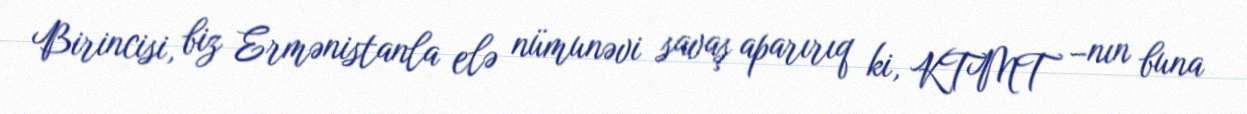
Birincisi, biz Ermənistanla elə nümunəvi savaş aparırıq ki, KTMT –nın buna